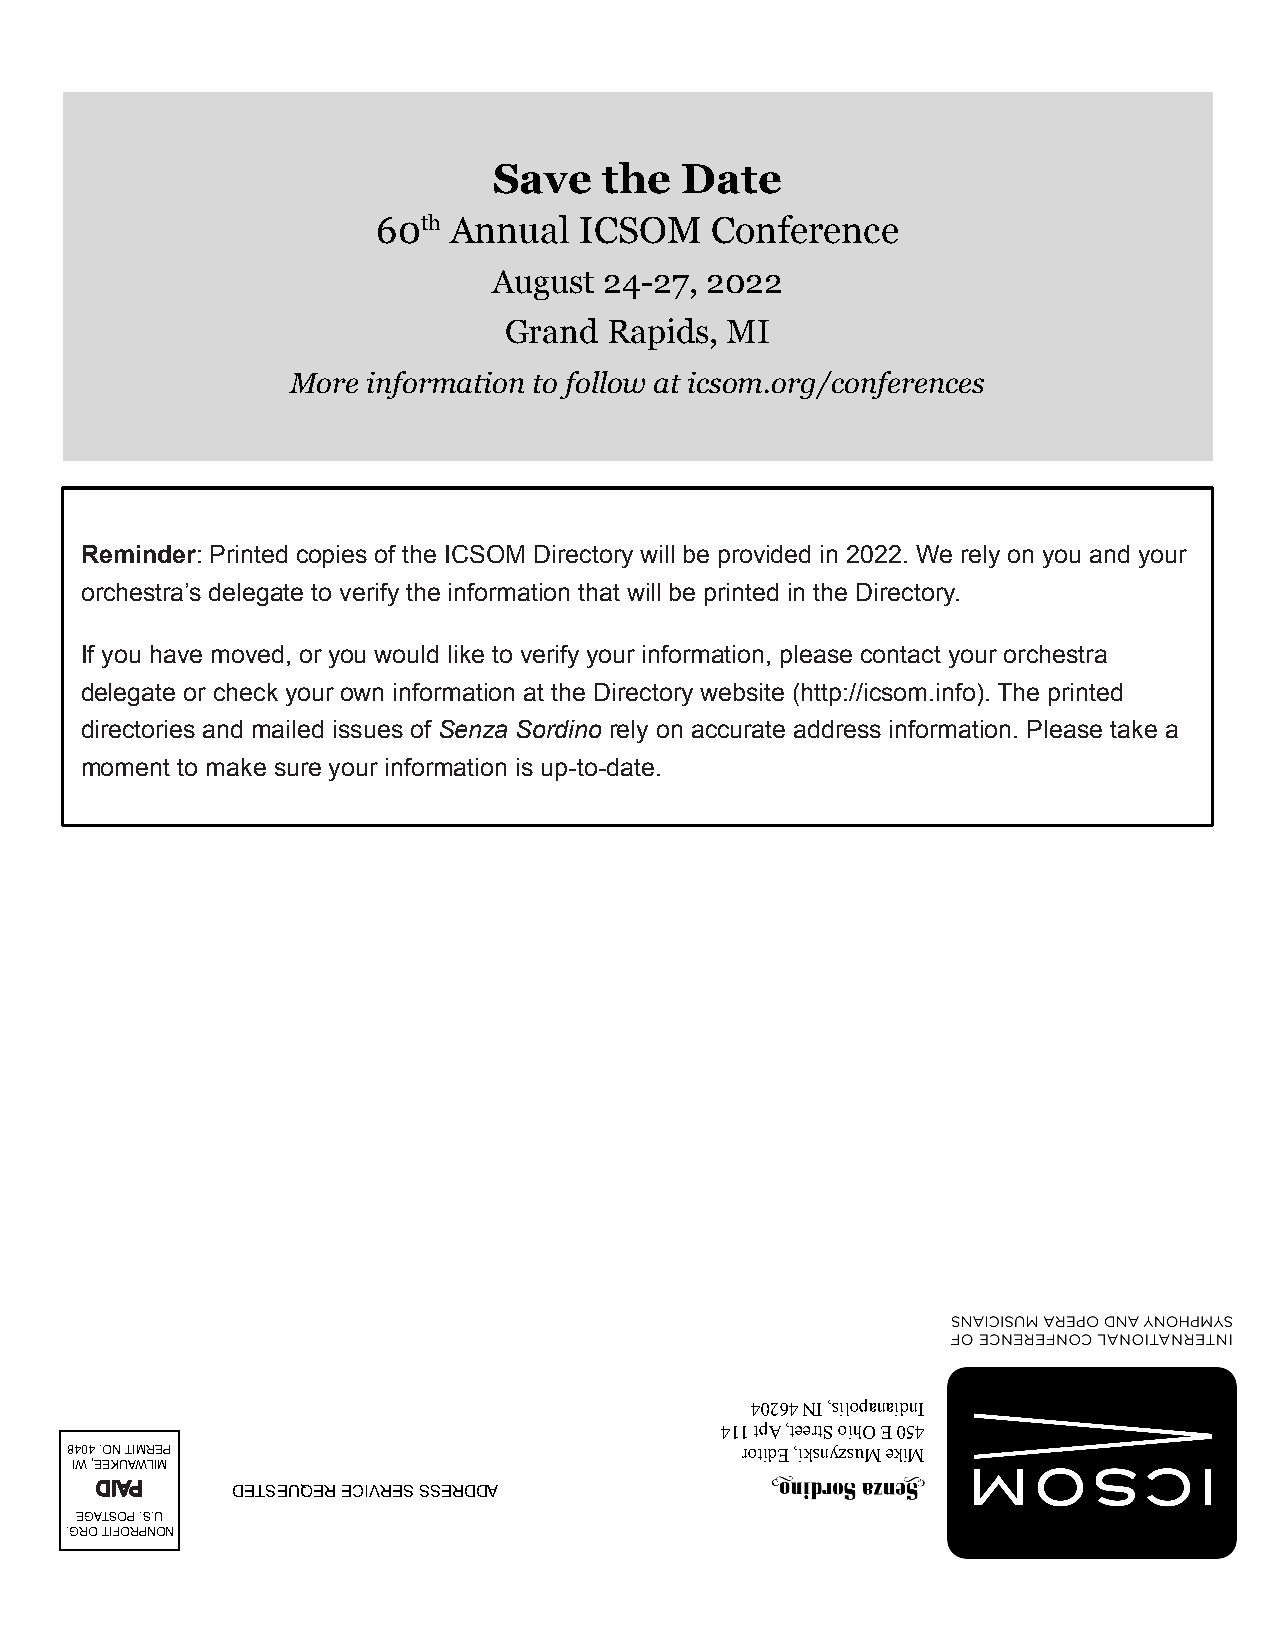
Save   the  Date
 60th Annual  ICSOM    Conference
 August 24-27, 2022
 Grand  Rapids, MI
 More information to follow at icsom.org/conferences
 Reminder: Printed copies of the ICSOM Directory will be provided in 2022. We rely on you and your
 orchestra’s delegate to verify the information that will be printed in the Directory.
 If you have moved, or you would like to verify your information, please contact your orchestra
 delegate or check your own information at the Directory website (http://icsom.info). The printed
 directories and mailed issues of Senza Sordino rely on accurate address information. Please take a
 moment to make sure your information is up-to-date.
 40264NI,silopanaidnI
 411tpA,teertSoihOE054
 8404.ONTIMREP                                rotidE,iksnyzsuMekiM
 IW,EEKUAWLIM
 DIAP     DETSEUQERECIVRESSSERDDA
 EGATSOP.S.U
 .GROTIFORPNON